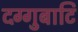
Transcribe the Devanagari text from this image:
दग्गुबाटि